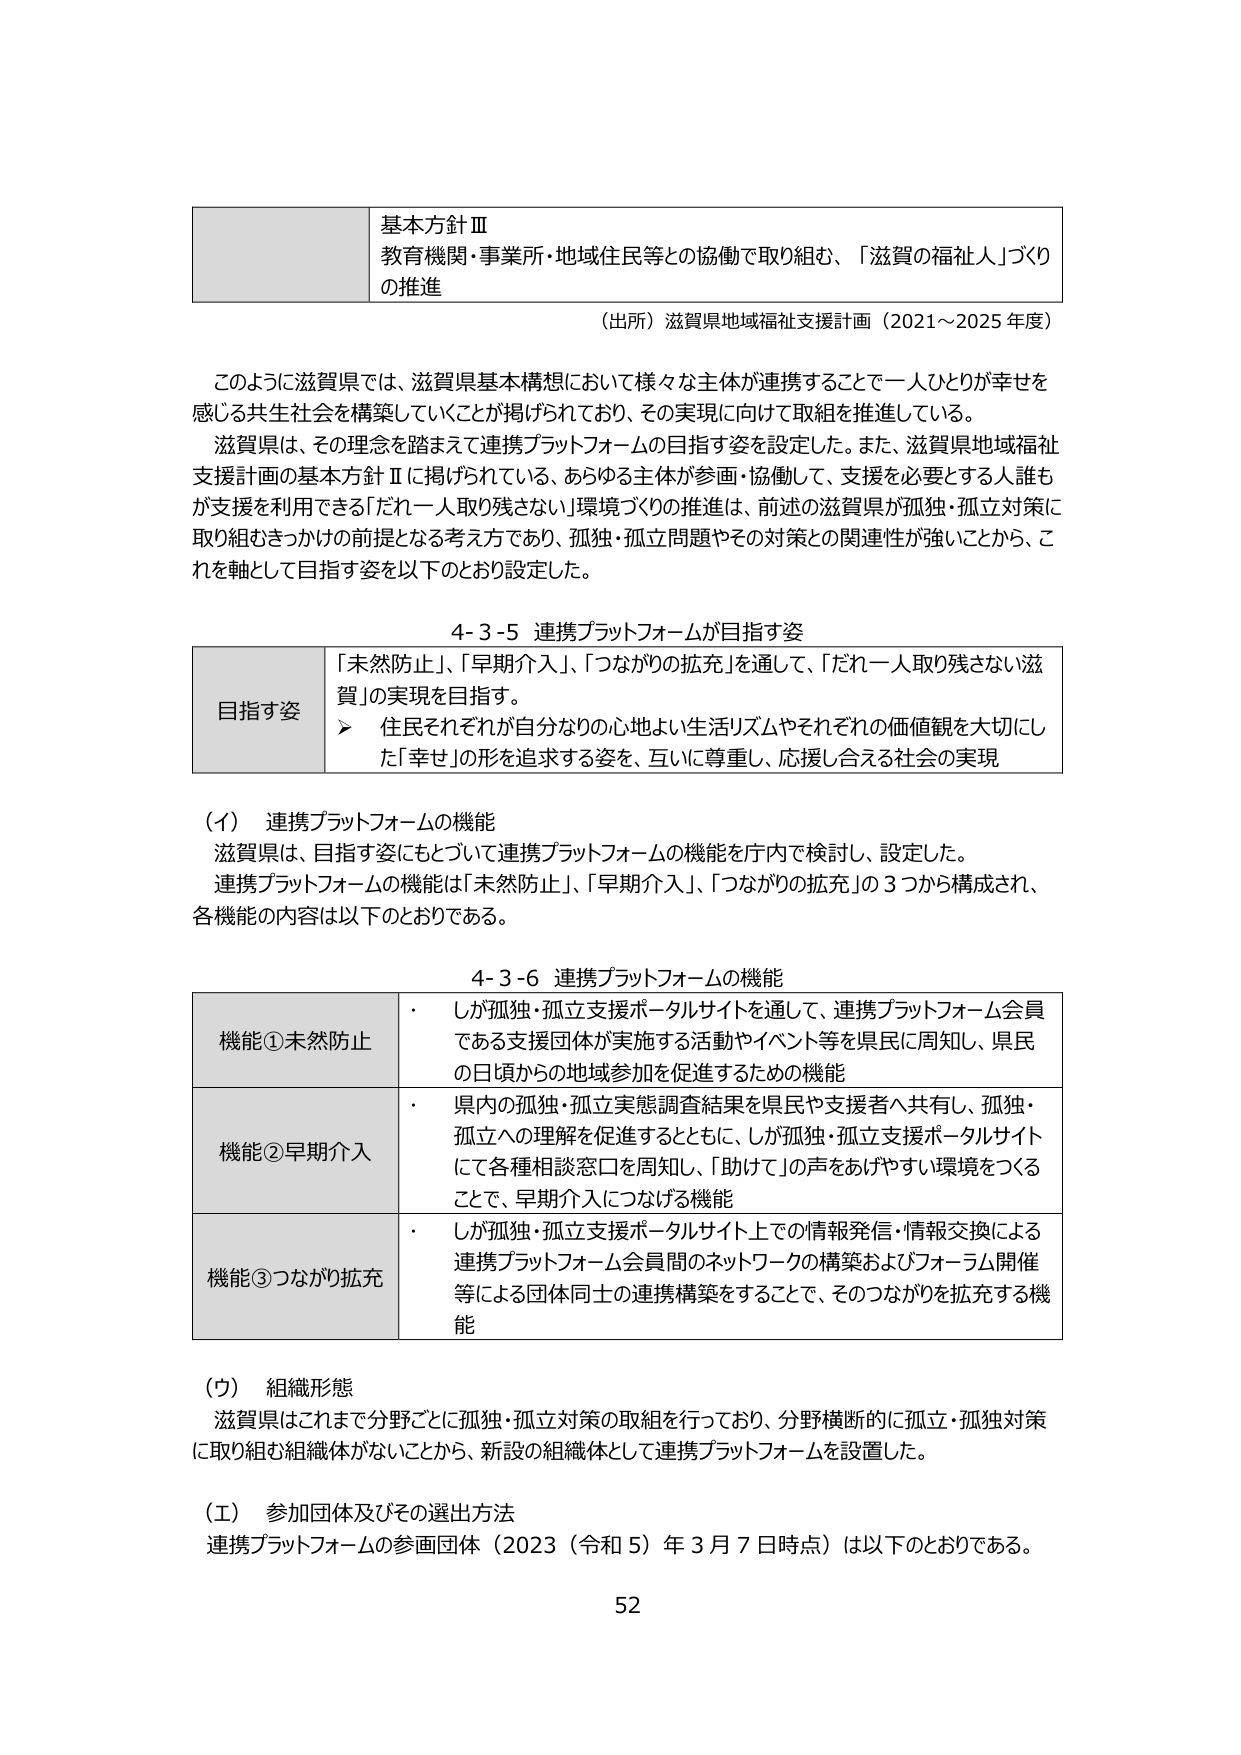
基本方針Ⅲ
教育機関・事業所・地域住民等との協働で取り組む、「滋賀の福祉人」づくりの推進

（出所）滋賀県地域福祉支援計画（2021～2025年度）

このように滋賀県では、滋賀県基本構想において様々な主体が連携することで一人ひとりが幸せを感じる共生社会を構築していくことが掲げられており、その実現に向けて取組を推進している。
滋賀県は、その理念を踏まえて連携プラットフォームの目指す姿を設定した。また、滋賀県地域福祉支援計画の基本方針Ⅱに掲げられている、あらゆる主体が参画・協働して、支援を必要とする人誰もが支援を利用できる「だれ一人取り残さない」環境づくりの推進は、前述の滋賀県が孤独・孤立対策に取り組むきっかけの前提となる考え方であり、孤独・孤立問題やその対策との関連性が強いことから、これを軸として目指す姿を以下のとおり設定した。

4-3-5 連携プラットフォームが目指す姿

目指す姿
「未然防止」、「早期介入」、「つながりの拡充」を通じて、「だれ一人取り残さない滋賀」の実現を目指す。
➤ 住民それぞれが自分なりの心地よい生活リズムやそれぞれの価値観を大切にした「幸せ」の形を追求する姿を、互いに尊重し、応援し合える社会の実現

（イ） 連携プラットフォームの機能
滋賀県は、目指す姿にもとづいて連携プラットフォームの機能を庁内で検討し、設定した。
連携プラットフォームの機能は「未然防止」、「早期介入」、「つながりの拡充」の3つから構成され、各機能の内容は以下のとおりである。

4-3-6 連携プラットフォームの機能

機能①未然防止
・しが孤独・孤立支援ポータルサイトを通じて、連携プラットフォーム会員である支援団体が実施する活動やイベント等を県民に周知し、県民の日頃からの地域参加を促進するための機能

機能②早期介入
・県内の孤独・孤立実態調査結果を県民や支援者へ共有し、孤独・孤立への理解を促進するとともに、しが孤独・孤立支援ポータルサイトにて各種相談窓口を周知し、「助けて」の声をあげやすい環境をつくることで、早期介入につなげる機能

機能③つながり拡充
・しが孤独・孤立支援ポータルサイト上での情報発信・情報交換による連携プラットフォーム会員間のネットワークの構築およびフォーラム開催等による団体同士の連携構築をすることで、そのつながりを拡充する機能

（ウ） 組織形態
滋賀県はこれまで分野ごとに孤独・孤立対策の取組を行っており、分野横断的に孤独・孤立対策に取り組む組織体がないことから、新設の組織体として連携プラットフォームを設置した。

（エ） 参加団体及びその選出方法
連携プラットフォームの参画団体（2023（令和5）年3月7日時点）は以下のとおりである。

52